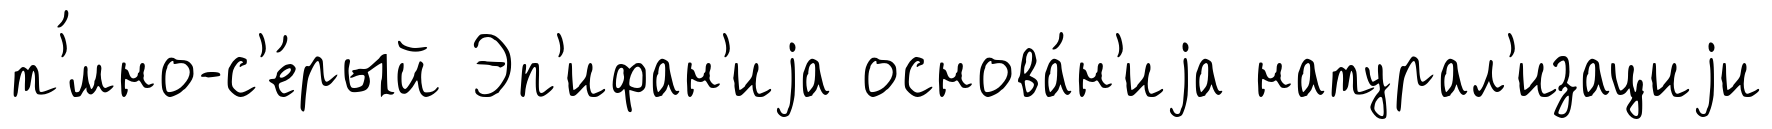
т'́мно-с'е́рый Эп'ифан'иjа основа́н'иjа натурал'изациjи